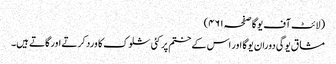
(لائٹ آف یوگا صفحہ ۴۶۱)
مشاق یوگی دوران یوگا اور اس کے ختم پر کئی شلوک کا ورد کرتے اور گاتے ہیں۔